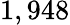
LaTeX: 1,948